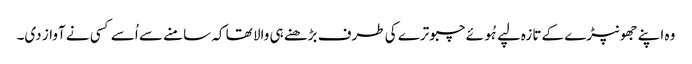
وہ اپنے جھونپڑے کے تازہ لپے ہُوئے چبوترے کی طرف بڑھنے ہی والا تھا کہ سامنے سے اُسے کسی نے آواز دی۔